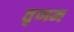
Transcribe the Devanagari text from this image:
तृणम